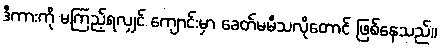
ဒီကားကို မကြည့်ရလျှင် ကျောင်းမှာ ခေတ်မမီသလိုတောင် ဖြစ်နေသည်။